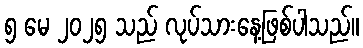
၅ မေ ၂၀၂၅ သည် လုပ်သားနေ့ဖြစ်ပါသည်။